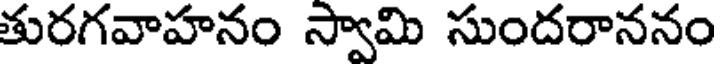
తురగవాహనం స్వామి సుందరాననం